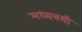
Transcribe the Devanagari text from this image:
मध्यत्रयी